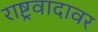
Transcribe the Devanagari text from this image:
राष्ट्रवादावर